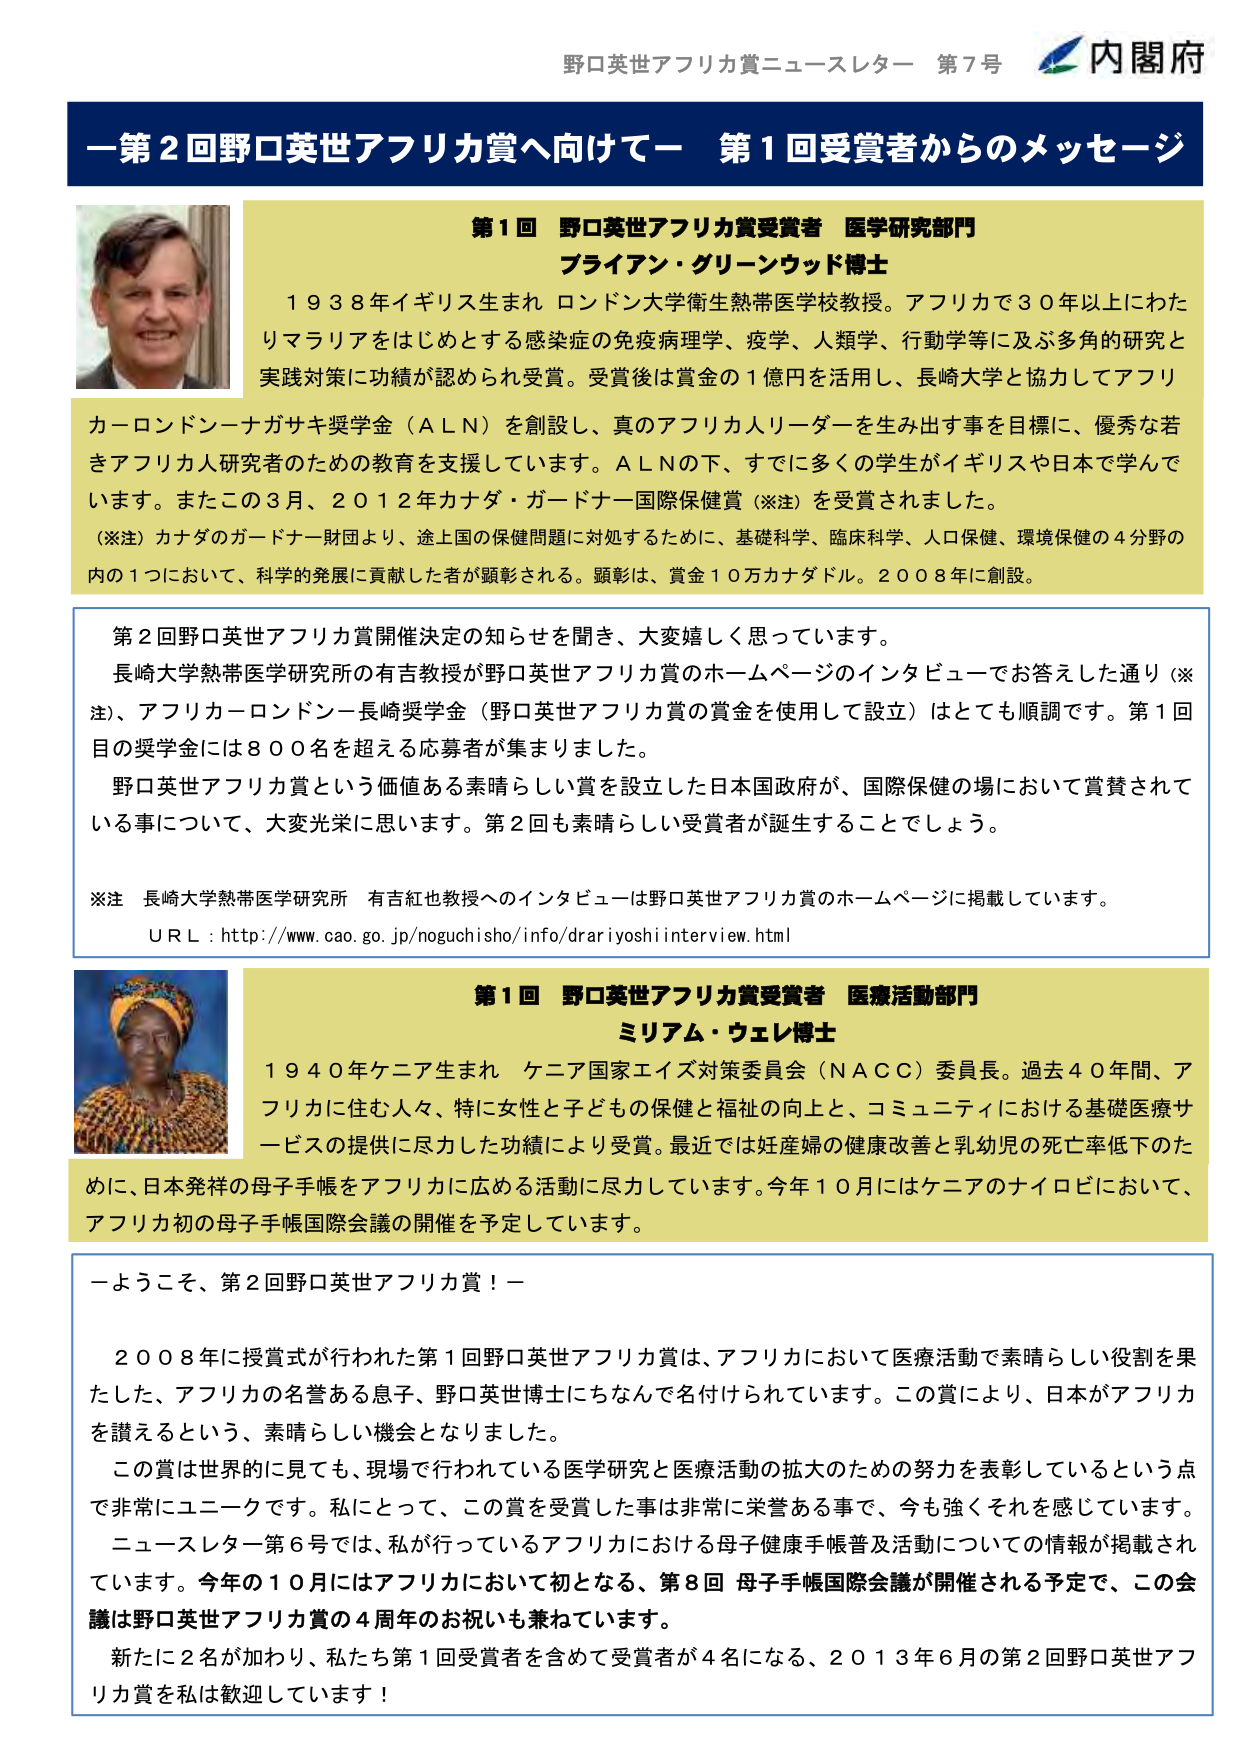
野口英世アフリカ賞ニュースレター 第7号 内閣府

ー第2回野口英世アフリカ賞へ向けてー 第1回受賞者からのメッセージ

第1回 野口英世アフリカ賞受賞者 医学研究部門
ブライアン・グリーンウッド博士

1938年イギリス生まれ ロンドン大学衛生熱医学校教授。アフリカで30年以上にわたりマラリアをはじめとする感染症の免疫病理学、疫学、人類学、行動学等に及ぶ多角的研究と実践対策に功績が認められ受賞。受賞後は賞金の1億円を活用し、長崎大学と協力してアフリカーロンドンーナガサキ奨学金（ALN）を創設し、真のアフリカ人リーダーを生み出す事を目標に、優秀な若きアフリカ人研究者のための教育を支援しています。ALNの下、すでに多くの学生がイギリスや日本で学んでいます。またこの3月、2012年カナダ・ガードナー国際保健賞（※注）を受賞されました。

（※注）カナダのガードナー財団より、途上国の保健問題に対処するために、基礎科学、臨床科学、人口保健、環境保健の4分野の内の1つにおいて、科学的発展に貢献した者が顕彰される。顕彰は、賞金10万カナダドル。2008年に創設。

第2回野口英世アフリカ賞開催決定の知らせを聞き、大変嬉しく思っています。
長崎大学熱帯医学研究所の有吉教授が野口英世アフリカ賞のホームページのインタビューでお答えした通り（※注）、アフリカーロンドンー長崎奨学金（野口英世アフリカ賞の賞金を使用して設立）はとても順調です。第1回目の奨学金には800名を超える応募者が集まりました。
野口英世アフリカ賞という価値ある素晴らしい賞を設立した日本国政府が、国際保健の場において賞賛されている事について、大変光栄に思います。第2回も素晴らしい受賞者が誕生することでしょう。

※注 長崎大学熱帯医学研究所 有吉紅也教授へのインタビューは野口英世アフリカ賞のホームページに掲載しています。
ＵＲＬ：http://www.cao.go.jp/noguchisho/info/drariyoshiinterview.html

第1回 野口英世アフリカ賞受賞者 医療活動部門
ミリアム・ウェレ博士

1940年ケニア生まれ ケニア国家エイズ対策委員会（NACC）委員長。過去40年間、アフリカに住む人々、特に女性と子どもの保健と福祉の向上と、コミュニティにおける基礎医療サービスの提供に尽力した功績により受賞。最近では妊産婦の健康改善と乳幼児の死亡率低下のために、日本発祥の母子手帳をアフリカに広める活動に尽力しています。今年10月にはケニアのナイロビにおいて、アフリカ初の母子手帳国際会議の開催を予定しています。

ーようこそ、第2回野口英世アフリカ賞！ー

2008年に授賞式が行われた第1回野口英世アフリカ賞は、アフリカにおいて医療活動で素晴らしい役割を果たした、アフリカの名誉ある息子、野口英世博士にちなんで名付けられています。この賞により、日本がアフリカを讃えるという、素晴らしい機会となりました。
この賞は世界的に見ても、現場で行われている医学研究と医療活動の拡大のための努力を表彰しているという点で非常にユニークです。私にとって、この賞を受賞した事は非常に栄誉ある事で、今も強くそれを感じています。
ニュースレター第6号では、私が行っているアフリカにおける母子健康手帳普及活動についての情報が掲載されています。今年の10月にはアフリカにおいて初となる、第8回 母子手帳国際会議が開催される予定で、この会議は野口英世アフリカ賞の4周年のお祝いも兼ねています。
新たに2名が加わり、私たち第1回受賞者を含めて受賞者が4名になる、2013年6月の第2回野口英世アフリカ賞を私は歓迎しています！